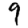
Digit: 9